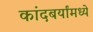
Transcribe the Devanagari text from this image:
कांदबर्यांमध्ये